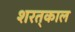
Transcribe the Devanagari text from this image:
शरत्‌काल